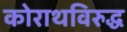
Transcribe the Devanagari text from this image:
कोराथविरुद्ध